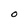
Character: O